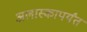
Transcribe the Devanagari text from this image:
अलास्कापर्यंत